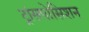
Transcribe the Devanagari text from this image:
ट्रांसपोसिशन